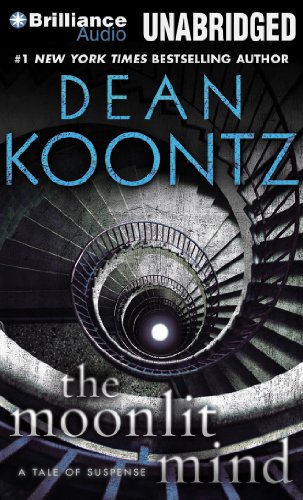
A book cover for The Moonlit Mind: A Tale of Suspense; Dean Koontz; Mystery, Thriller & Suspense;